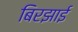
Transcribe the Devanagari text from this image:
बिरझाई